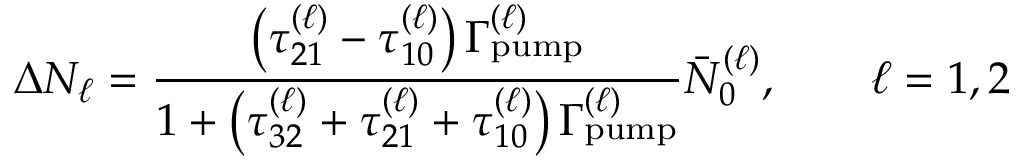
\Delta N _ { \ell } = \frac { \left( \tau _ { 2 1 } ^ { ( \ell ) } - \tau _ { 1 0 } ^ { ( \ell ) } \right) \Gamma _ { \mathrm { p u m p } } ^ { ( \ell ) } } { 1 + \left( \tau _ { 3 2 } ^ { ( \ell ) } + \tau _ { 2 1 } ^ { ( \ell ) } + \tau _ { 1 0 } ^ { ( \ell ) } \right) \Gamma _ { \mathrm { p u m p } } ^ { ( \ell ) } } \bar { N } _ { 0 } ^ { ( \ell ) } , \qquad \ell = 1 , 2